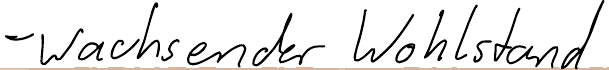
- wachsender Wohlstand